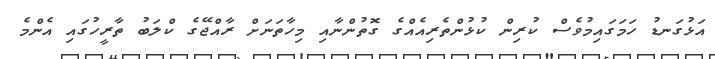
އަޅުގަނޑު ހަމަގައިމުވެސް ކުރިން ކުޅުންތެރިއެއްގެ ގޮތުންނާއި މިހާތަނަށް ރާއްޖޭގެ ކްލަބު ތާރީހުގައި އެންމެ